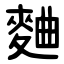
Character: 麯